Report of the Imperial Institute of Veterinary Research, Muktesar
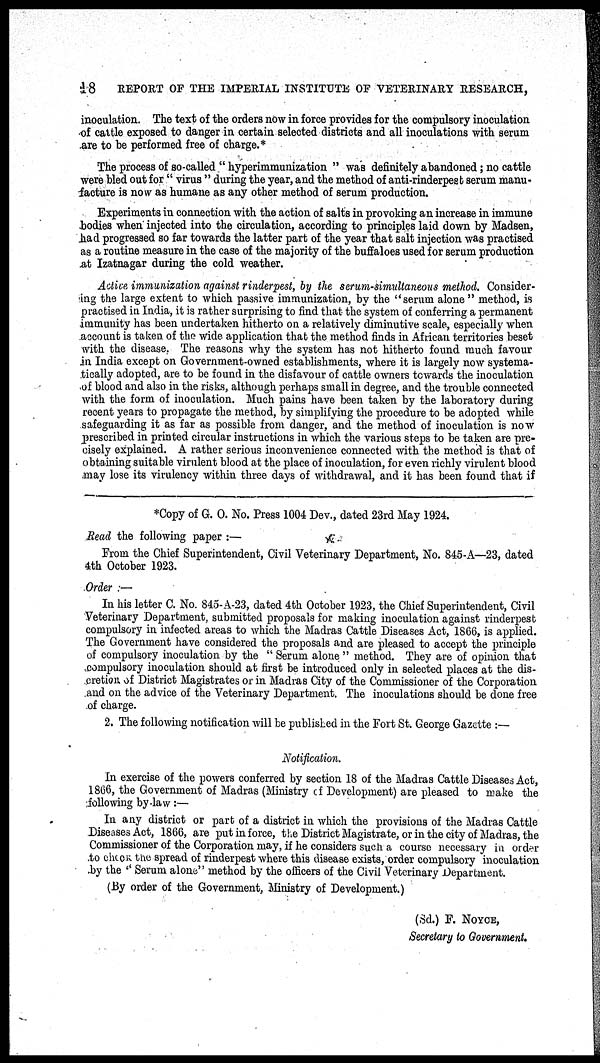
48
REPORT OF THE IMPERIAL INSTITUTE OF VETERINARY RESEARCH,
inoculation. The text of the orders now in force provides for the compulsory inoculation
of cattle exposed to danger in certain selected districts and all inoculations with serum
are to be performed free of charge.*
The process of so-called " hyperimmunization " was definitely abandoned ; no cattle
were bled out for " virus " during the year, and the method of anti-rinderpest serum manu-
facture is now as humane as any other method of serum production.
Experiments in connection with the action of salts in provoking an increase in immune
bodies when injected into the circulation, according to principles laid down by Madsen,
had progressed so far towards the latter part of the year that salt injection was practised
as a routine measure in the case of the majority of the buffaloes used for serum production
at Izatnagar during the cold weather.
Active immunization against rinderpest, by the serum-simultaneous method. Consider-
ing the large extent to which passive immunization, by the "serum alone " method, is
practised in India, it is rather surprising to find that the system of conferring a permanent
immunity has been undertaken hitherto on a relatively diminutive scale, especially when
account is taken of the wide application that the method finds in African territories beset
with the disease. The reasons why the system has not hitherto found much favour
in India except on Government-owned establishments, where it is largely now systema-
tically adopted, are to be found in the disfavour of cattle owners towards the inoculation
of blood and also in the risks, although perhaps small in degree, and the trouble connected
with the form of inoculation. Much pains have been taken by the laboratory during
recent years to propagate the method, by simplifying the procedure to be adopted while
safeguarding it as far as possible from danger, and the method of inoculation is now
prescribed in printed circular instructions in which the various steps to be taken are pre-
cisely explained. A rather serious inconvenience connected with the method is that of
obtaining suitable virulent blood at the place of inoculation, for even richly virulent blood
may lose its virulency within three days of withdrawal, and it has been found that if
*Copy of G. O. No. Press 1004 Dev., dated 23rd May 1924.
Read the following paper :—
From the Chief Superintendent, Civil Veterinary Department, No. 845-A—23, dated
4th October 1923.
Order :—
In his letter C. No. 845-A-23, dated 4th October 1923, the Chief Superintendent, Civil
Veterinary Department, submitted proposals for making inoculation against rinderpest
compulsory in infected areas to which the Madras Cattle Diseases Act, 1866, is applied.
The Government have considered the proposals and are pleased to accept the principle
of compulsory inoculation by the " Serum alone " method. They are of opinion that
compulsory inoculation should at first be introduced only in selected places at the dis-
cretion of District Magistrates or in Madras City of the Commissioner of the Corporation
and on the advice of the Veterinary Department. The inoculations should be done free
of charge.
2. The following notification will be published in the Fort St. George Gazette :—
Notification.
In exercise of the powers conferred by section 18 of the Madras Cattle Diseases Act,
1866, the Government of Madras (Ministry of Development) are pleased to make the
following by-law :—
In any district or part of a district in which the provisions of the Madras Cattle
Diseases Act, 1866, are put in force, the District Magistrate, or in the city of Madras, the
Commissioner of the Corporation may, if he considers such a course necessary in order
to check the spread of rinderpest where this disease exists, order compulsory inoculation
by the ''Serum alone" method by the officers of the Civil Veterinary Department.
(By order of the Government, Ministry of Development.)
(Sd.) F. NOYCE,
Secretary to Government.